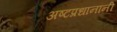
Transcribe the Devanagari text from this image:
अष्टप्रधानांनी